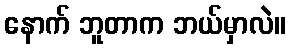
နောက် ဘူတာက ဘယ်မှာလဲ။